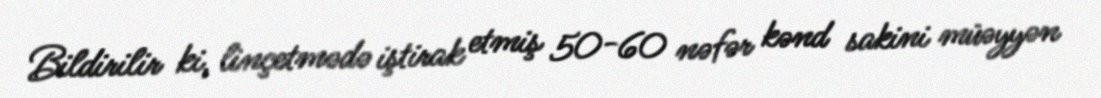
Bildirilir ki, linçetmədə iştirak etmiş 50-60 nəfər kənd sakini müəyyən